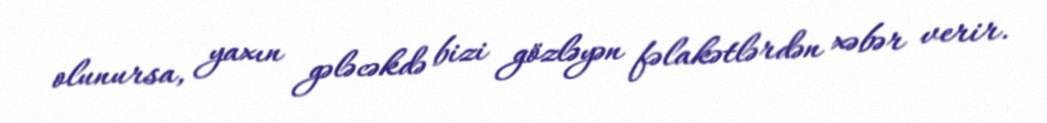
olunursa, yaxın gələcəkdə bizi gözləyən fəlakətlərdən xəbər verir.